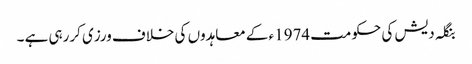
بنگلہ دیش کی حکومت 1974ء کے معاہدوں کی خلاف ورزی کررہی ہے ۔